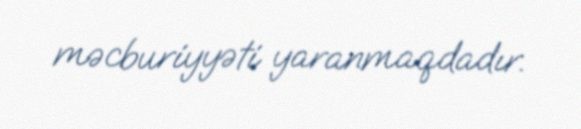
məcburiyyəti yaranmaqdadır.